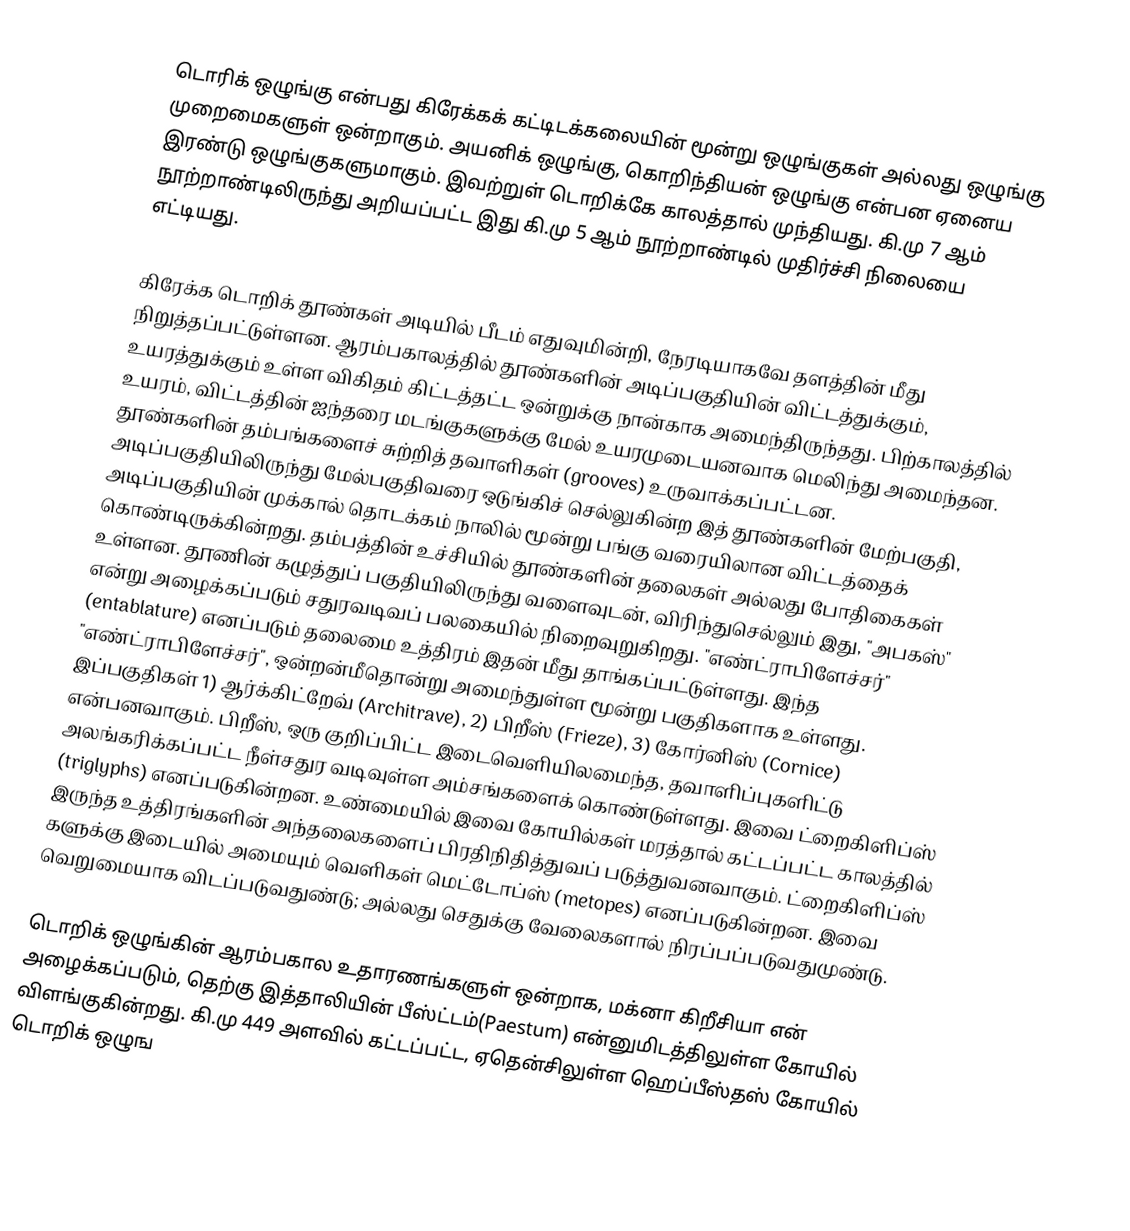
டொரிக் ஒழுங்கு என்பது கிரேக்கக் கட்டிடக்கலையின் மூன்று ஒழுங்குகள் அல்லது ஒழுங்கு முறைமைகளுள் ஒன்றாகும். அயனிக் ஒழுங்கு, கொறிந்தியன் ஒழுங்கு என்பன ஏனைய இரண்டு ஒழுங்குகளுமாகும். இவற்றுள் டொறிக்கே காலத்தால் முந்தியது. கி.மு 7 ஆம் நூற்றாண்டிலிருந்து அறியப்பட்ட இது கி.மு 5 ஆம் நூற்றாண்டில் முதிர்ச்சி நிலையை எட்டியது.

கிரேக்க டொறிக் தூண்கள் அடியில் பீடம் எதுவுமின்றி, நேரடியாகவே தளத்தின் மீது நிறுத்தப்பட்டுள்ளன. ஆரம்பகாலத்தில் தூண்களின் அடிப்பகுதியின் விட்டத்துக்கும், உயரத்துக்கும் உள்ள விகிதம் கிட்டத்தட்ட ஒன்றுக்கு நான்காக அமைந்திருந்தது. பிற்காலத்தில் உயரம், விட்டத்தின் ஐந்தரை மடங்குகளுக்கு மேல் உயரமுடையனவாக மெலிந்து அமைந்தன. தூண்களின் தம்பங்களைச் சுற்றித் தவாளிகள் (grooves) உருவாக்கப்பட்டன. அடிப்பகுதியிலிருந்து மேல்பகுதிவரை ஒடுங்கிச் செல்லுகின்ற இத் தூண்களின் மேற்பகுதி, அடிப்பகுதியின் முக்கால் தொடக்கம் நாலில் மூன்று பங்கு வரையிலான விட்டத்தைக் கொண்டிருக்கின்றது. தம்பத்தின் உச்சியில் தூண்களின் தலைகள் அல்லது போதிகைகள் உள்ளன. தூணின் கழுத்துப் பகுதியிலிருந்து வளைவுடன், விரிந்துசெல்லும் இது, "அபகஸ்" என்று அழைக்கப்படும் சதுரவடிவப் பலகையில் நிறைவுறுகிறது. "எண்ட்ராபிளேச்சர்" (entablature) எனப்படும் தலைமை உத்திரம் இதன் மீது தாங்கப்பட்டுள்ளது. இந்த "எண்ட்ராபிளேச்சர்", ஒன்றன்மீதொன்று அமைந்துள்ள மூன்று பகுதிகளாக உள்ளது. இப்பகுதிகள் 1) ஆர்க்கிட்றேவ் (Architrave), 2) பிறீஸ் (Frieze), 3) கோர்னிஸ் (Cornice) என்பனவாகும். பிறீஸ், ஒரு குறிப்பிட்ட இடைவெளியிலமைந்த, தவாளிப்புகளிட்டு அலங்கரிக்கப்பட்ட நீள்சதுர வடிவுள்ள அம்சங்களைக் கொண்டுள்ளது. இவை ட்றைகிளிப்ஸ் (triglyphs) எனப்படுகின்றன. உண்மையில் இவை கோயில்கள் மரத்தால் கட்டப்பட்ட காலத்தில் இருந்த உத்திரங்களின் அந்தலைகளைப் பிரதிநிதித்துவப் படுத்துவனவாகும். ட்றைகிளிப்ஸ் களுக்கு இடையில் அமையும் வெளிகள் மெட்டோப்ஸ் (metopes) எனப்படுகின்றன. இவை வெறுமையாக விடப்படுவதுண்டு; அல்லது செதுக்கு வேலைகளால் நிரப்பப்படுவதுமுண்டு.

டொறிக் ஒழுங்கின் ஆரம்பகால உதாரணங்களுள் ஒன்றாக, மக்னா கிறீசியா என் அழைக்கப்படும், தெற்கு இத்தாலியின் பீஸ்ட்டம்(Paestum) என்னுமிடத்திலுள்ள கோயில் விளங்குகின்றது. கி.மு 449 அளவில் கட்டப்பட்ட, ஏதென்சிலுள்ள ஹெப்பீஸ்தஸ் கோயில் டொறிக் ஒழுங